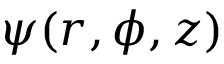
\psi ( r , \phi , z )